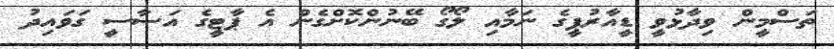
ތަސްމީން ވިދާޅުވީ ޑީއާރުޕީގެ ނަމާއި ލޯގޯ ބޭނުންކޮށްގެން އެ ޕާޓީގެ އަސާސީ ގަވައިދު